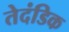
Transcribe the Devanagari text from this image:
तेदंडिक